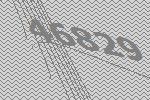
46829